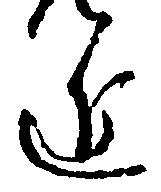
近